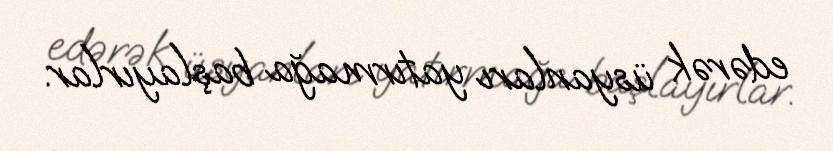
edərək üsyanları yatırmağa başlayırlar.